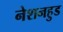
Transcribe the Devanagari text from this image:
नेशनहुड